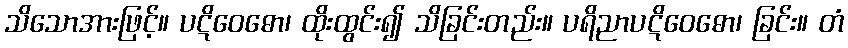
သိသောအားဖြင့်။ ပဋိဝေဓော၊ ထိုးထွင်း၍ သိခြင်းတည်း။ ပရိညာပဋိဝေဓော၊ ခြင်း။ တံ